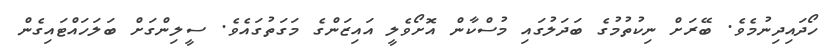
ހޯދައިދިނުމެވެ. ބޭރަށް ނިކުތުމުގެ ބަދަލުގައި މުސްކާން އޮށޯވެލީ އައިޒަންގެ މަގަތުގައެވެ. ސީލިންގަށް ބަލަހައްޓައިގެން